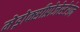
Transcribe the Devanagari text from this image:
मेड्रोक्सीप्रोजेस्टेरोन